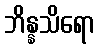
ဘိန္နသိရော